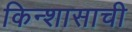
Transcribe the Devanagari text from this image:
किन्शासाची